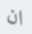
ان